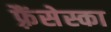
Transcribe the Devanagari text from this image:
फ़्रैंसेस्का